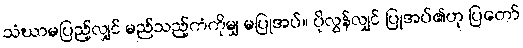
သံဃာမပြည့်လျှင် မည်သည့်ကံကိုမျှ မပြုအပ်။ ပိုလွန်လျှင် ပြုအပ်၏ဟု ပြတော်